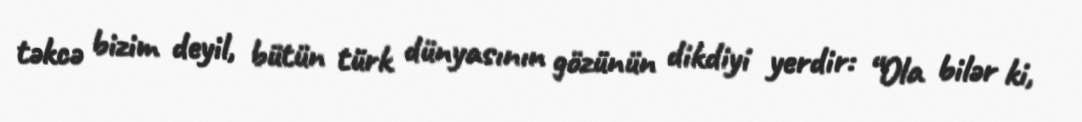
təkcə bizim deyil, bütün türk dünyasının gözünün dikdiyi yerdir: “Ola bilər ki,